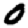
Digit: 0